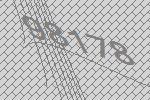
98178